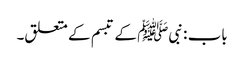
باب : نبیﷺ کے تبسم کے متعلق۔